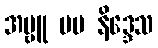
အမ္ဗူ ပမ နိဒ္ဒေသ